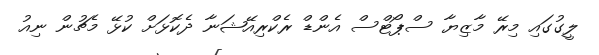
ލީގުގައި މިރޭ މާޒިޔާ ސްޕޯޓްސް އެންޑް ރެކްރިއޭޝަނާ ދެކޮޅަށް ކުޅޭ މެޗުން ނިއު